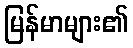
မြန်မာများ၏